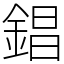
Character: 錩